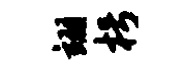
翊枵